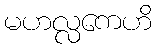
မဟလ္လကေဟိ